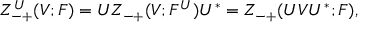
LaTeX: Z _ { - + } ^ { U } ( V ; F ) = U Z _ { - + } ( V ; F ^ { U } ) U ^ { * } = Z _ { - + } ( U V U ^ { * } ; F ) ,